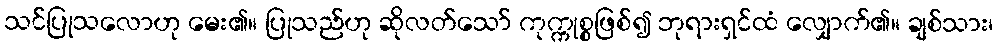
သင်ပြုသလောဟု မေး၏။ ပြုသည်ဟု ဆိုလတ်သော် ကုက္ကုစ္စဖြစ်၍ ဘုရားရှင်ထံ လျှောက်၏။ ချစ်သား၊